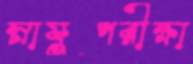
স্নায়ুপরীক্ষা